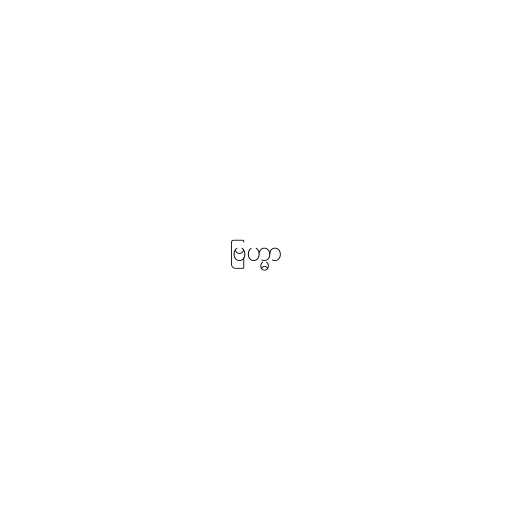
ဗြဟ္မာ